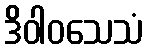
ဒိဝါဝသေသံ